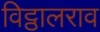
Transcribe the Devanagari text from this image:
विट्ठालराव